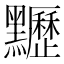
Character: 𪓀